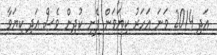
އަދި 2014 ވަނަ އަހަރު ކިޔަވަން ފެށި ކުދިން ވެސް އަދި ކިޔަވާ